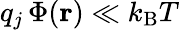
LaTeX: q_{j}\, \Phi(\mathbf{r})\ll k_{\mathrm{{B}}}T